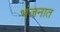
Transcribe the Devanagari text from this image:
भंजनात